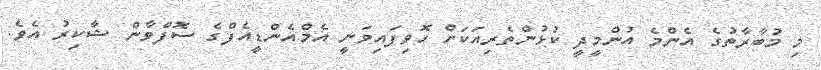
މި މުބާރާތުގެ އެންމެ އުންމީދީ ކުޅުންތެރިއަކަށް ހޮވިފައިވަނީ އެމްއެންޑީއެފްގެ ސޮފްވާން ޝާކިރު އެވެ.